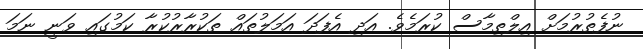
ނުފެތުރުމަށް އިލްތިމާސް ކުރަމެވެ. އަދި އެފަދަ އަމަލުތައް ތަކުރާރުކުރާ ކަމުގައި ވަނީ ނަމަ